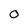
Character: O